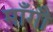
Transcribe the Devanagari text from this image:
माँगौ